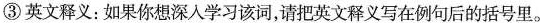
③英文释义：如果你想深入学习该词，请把英文释义写在例句后的括号里。